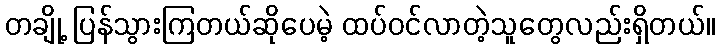
တချို့ ပြန်သွားကြတယ်ဆိုပေမဲ့ ထပ်ဝင်လာတဲ့သူတွေလည်းရှိတယ်။